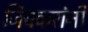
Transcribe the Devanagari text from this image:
जिचकरांनी